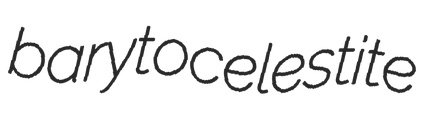
barytocelestite